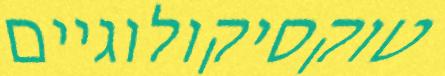
טוקסיקולוגיים